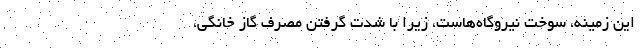
این زمینه، سوخت نیروگاه‌هاست، زیرا با شدت گرفتن مصرف گازِ خانگی،